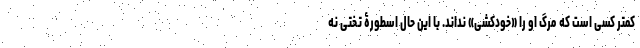
کمتر کسی است که مرگ او را «خودکشی» نداند. با این حال اسطورۀ تختی نه